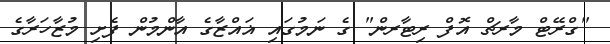
"ގްރޭޓް މާރޗް އޮފް ރިޓާރން" ގެ ނަމުގައި ޣައްޒާގެ އާންމުން ފެށި މުޒާހަރާގެ